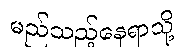
မည်သည့်နေရာသို့